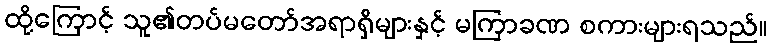
ထို့ကြောင့် သူ၏တပ်မတော်အရာရှိများနှင့် မကြာခဏ စကားများရသည်။